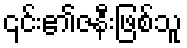
၎င်း၏ဇနီးဖြစ်သူ